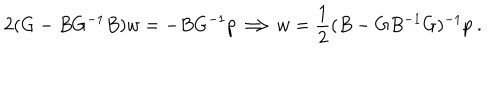
2 ( G - B G ^ { - 1 } B ) w = - B G ^ { - 1 } p \Longrightarrow w = \frac { 1 } { 2 } ( B - G B ^ { - 1 } G ) ^ { - 1 } p \ .